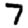
Digit: 7